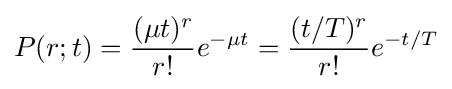
P(r;t)={(\mu t)^{r} \over r!}e^{-\mu t}={(t/T)^{r} \over r!}e^{-t/T}